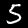
Digit: 5